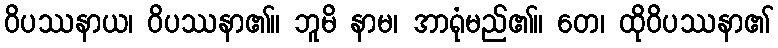
ဝိပဿနာယ၊ ဝိပဿနာ၏။ ဘူမိ နာမ၊ အာရုံမည်၏။ တေ၊ ထိုဝိပဿနာ၏